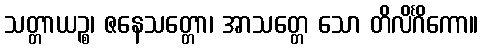
သတ္တာယဉ္စ၊ ဇနေသတ္တော၊ အာသတ္တေ သော တိလိင်္ဂိကော။